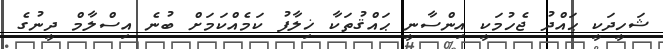
ޝަހީދަކީ ޙައްދު ޖެހުމަކީ އިންސާނީ ޙައްޤުތަކާ ޚިލާފު ކަމެއްކަމަށް ބުނެ އިސްލާމް ދީނުގެ